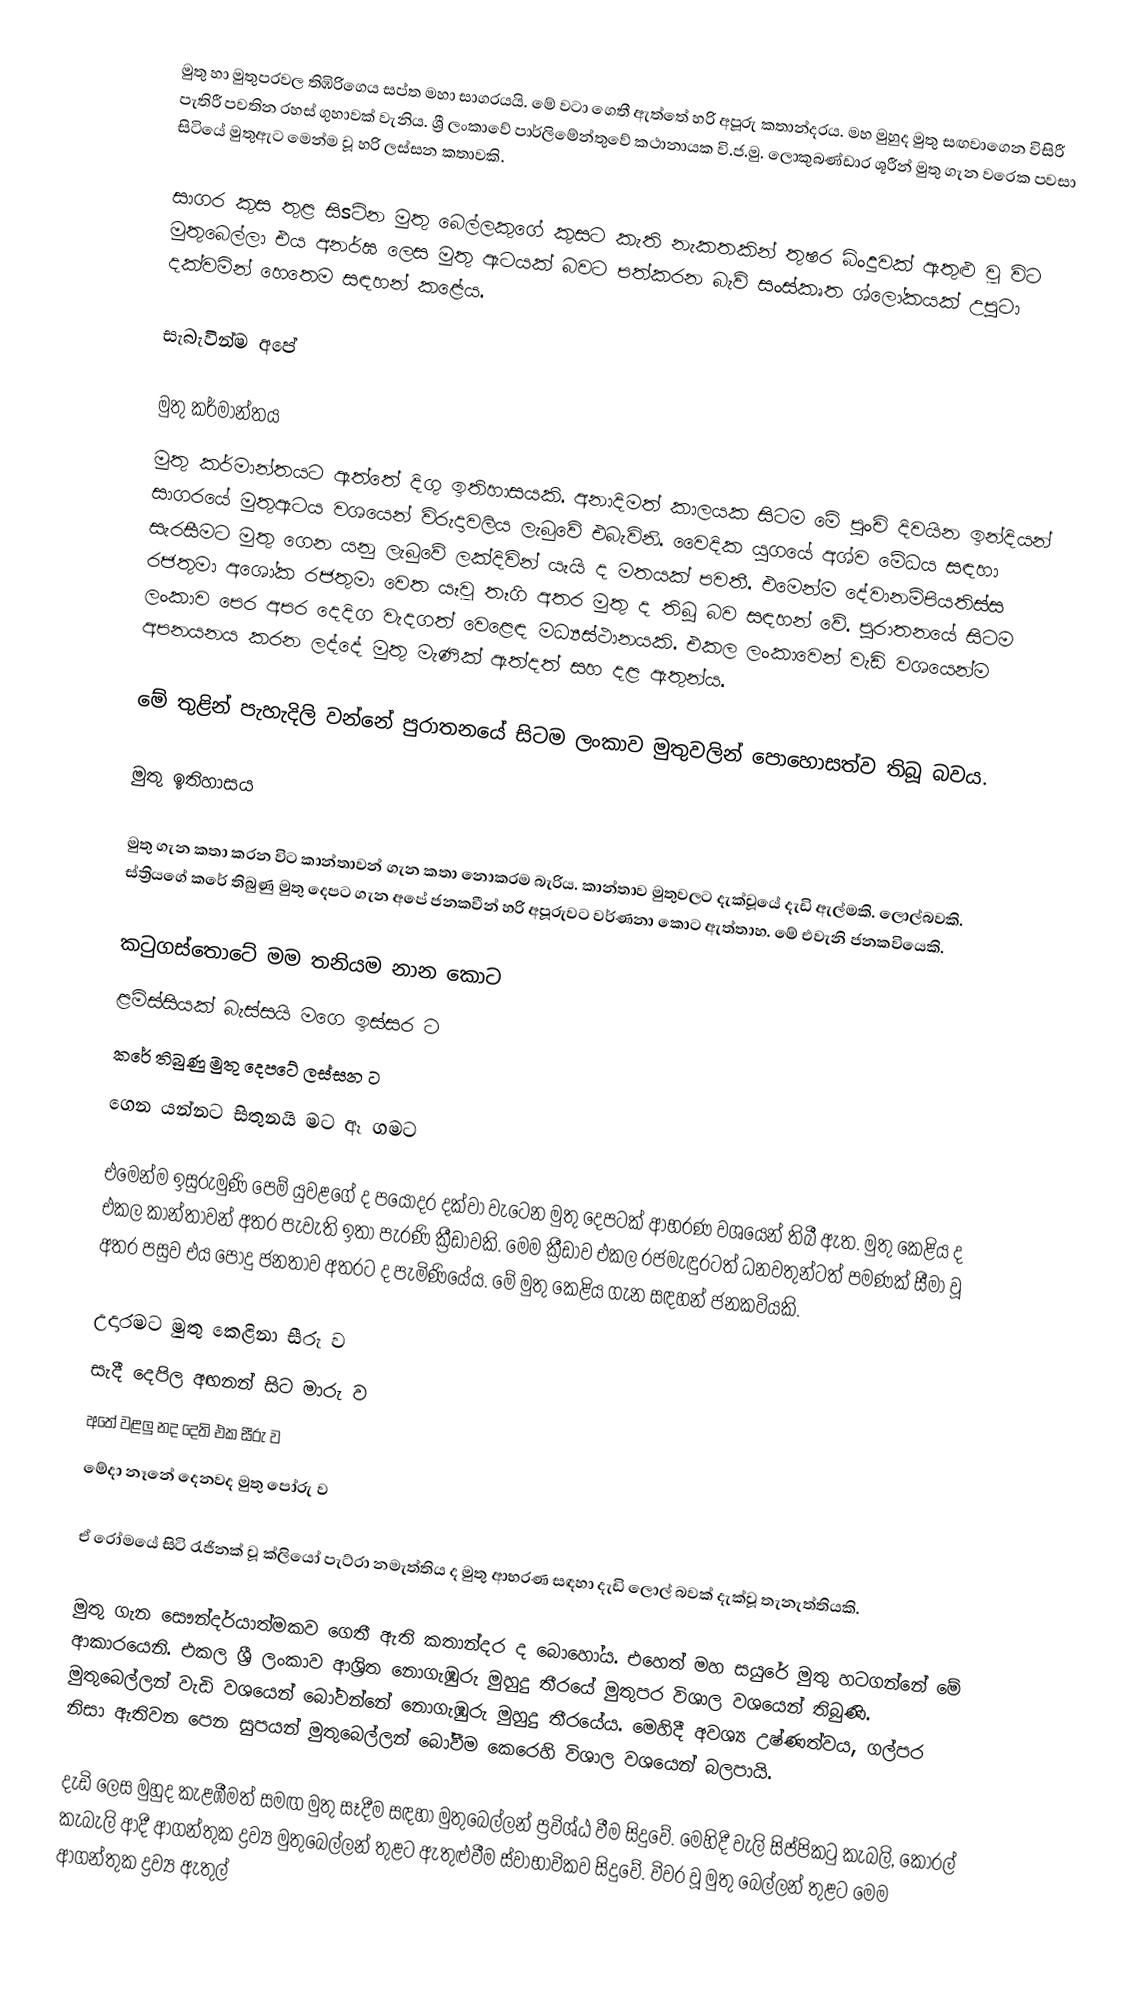
මුතු හා මුතුපරවල තිඹිරිගෙය සප්ත මහා සාගරයයි. මේ වටා ගෙතී ඇත්තේ හරි අපූරු කතාන්දරය. මහ මුහුද මුතු සඟවාගෙන විසිරී පැතිරී පවතින රහස්‌ ගුහාවක්‌ වැනිය. ශ්‍රී ලංකාවේ පාර්ලිමේන්තුවේ කථානායක වි.ජ.මු. ලොකුබණ්ඩාර ශූරීන් මුතු ගැන වරෙක පවසා සිටියේ මුතුඇට මෙන්ම වූ හරි ලස්‌සන කතාවකි.

සාගර කුස තුළ සිsටින මුතු බෙල්ලකුගේ කුසට කැති නැකතකින් තුෂර බිංදුවක්‌ ඇතුළු වූ විට මුතුබෙල්ලා එය අනර්ඝ ලෙස මුතු ඇටයක්‌ බවට පත්කරන බැව් සංස්‌කෘත ශ්ලෝකයක්‌ උපුටා දක්‌වමින් හෙතෙම සඳහන් කළේය.

සැබැවින්ම අපේ

මුතු කර්මාන්තය
මුතු කර්මාන්තයට ඇත්තේ දිගු ඉතිහාසයකි. අනාදිමත් කාලයක සිටම මේ පුංචි දිවයින ඉන්දියන් සාගරයේ මුතුඇටය වශයෙන් විරුදාවලිය ලැබුවේ එබැවිනි. වෛදික යුගයේ අශ්ව මේධය සඳහා සැරසීමට මුතු ගෙන යනු ලැබුවේ ලක්‌දිවින් යෑයි ද මතයක්‌ පවතී. එමෙන්ම දේවානම්පියතිස්‌ස රජතුමා අශෝක රජතුමා වෙත යෑවූ තෑගි අතර මුතු ද තිබූ බව සඳහන් වේ. පුරාතනයේ සිටම ලංකාව පෙර අපර දෙදිග වැදගත් වෙළෙඳ මධ්‍යස්‌ථානයකි. එකල ලංකාවෙන් වැඩි වශයෙන්ම අපනයනය කරන ලද්දේ මුතු මැණික්‌ ඇත්දත් සහ දළ ඇතුන්ය.

මේ තුළින් පැහැදිලි වන්නේ පුරාතනයේ සිටම ලංකාව මුතුවලින් පොහොසත්ව තිබූ බවය.

මුතු ඉතිහාසය

මුතු ගැන කතා කරන විට කාන්තාවන් ගැන කතා නොකරම බැරිය. කාන්තාව මුතුවලට දැක්‌වූයේ දැඩි ඇල්මකි. ලොල්බවකි. ස්‌ත්‍රියගේ කරේ තිබුණු මුතු දෙපට ගැන අපේ ජනකවීන් හරි අපූරුවට වර්ණනා කොට ඇත්තාහ. මේ එවැනි ජනකවියෙකි.

කටුගස්‌තොටේ මම තනියම නාන කොට
ළමිස්‌සියක්‌ බැස්‌සයි මගෙ ඉස්‌සර ට
කරේ තිබුණු මුතු දෙපටේ ලස්‌සන ට
ගෙන යන්නට සිතුනයි මට ඈ ගමට

එමෙන්ම ඉසුරුමුණි පෙම් යුවළගේ ද පයෝදර දක්‌වා වැටෙන මුතු දෙපටක්‌ ආභරණ වශයෙන් තිබී ඇත. මුතු කෙළිය ද එකල කාන්තාවන් අතර පැවැති ඉතා පැරණි ක්‍රීඩාවකි. මෙම ක්‍රීඩාව එකල රජමැඳුරටත් ධනවතුන්ටත් පමණක්‌ සීමා වූ අතර පසුව එය පොදු ජනතාව අතරට ද පැමිණියේය. මේ මුතු කෙළිය ගැන සඳහන් ජනකවියකි.

උදාරමට මුතු කෙළිනා සීරු ව
සැදී දෙපිල අඟනන් සිට මාරු ව
අතේ වළලු නද දෙති එක සීරු ව
මේදා නෑනේ දෙනවද මුතු පෝරු ව

ඒ රෝමයේ සිටි රැජිනක්‌ වූ ක්‌ලියෝ පැට්‌රා නමැත්තිය ද මුතු ආභරණ සඳහා දැඩි ලොල් බවක්‌ දැක්‌වූ තැනැත්තියකි.

මුතු ගැන සෞන්දර්යාත්මකව ගෙතී ඇති කතාන්දර ද බොහෝය. එහෙත් මහ සයුරේ මුතු හටගන්නේ මේ ආකාරයෙනි. එකල ශ්‍රී ලංකාව ආශ්‍රිත නොගැඹුරු මුහුදු තීරයේ මුතුපර විශාල වශයෙන් තිබුණි. මුතුබෙල්ලන් වැඩි වශයෙන් බෝවන්නේ නොගැඹුරු මුහුදු තීරයේය. මෙහිදී අවශ්‍ය උෂ්ණත්වය, ගල්පර නිසා ඇතිවන පෙන සුපයන් මුතුබෙල්ලන් බෝවීම කෙරෙහි විශාල වශයෙන් බලපායි.

දැඩි ලෙස මුහුද කැළඹීමත් සමඟ මුතු සෑදීම සඳහා මුතුබෙල්ලන් ප්‍රවිශ්ඨ වීම සිදුවේ. මෙහිදී වැලි සිප්පිකටු කැබලි, කොරල් කැබැලි ආදී ආගන්තුක ද්‍රව්‍ය මුතුබෙල්ලන් තුළට ඇතුළුවීම ස්‌වාභාවිකව සිදුවේ. විවර වූ මුතු බෙල්ලන් තුළට මෙම ආගන්තුක ද්‍රව්‍ය ඇතුල්